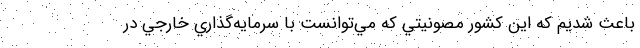
باعث شديم كه اين كشور مصونيتي كه مي‌توانست با سرمايه‌گذاري خارجي در